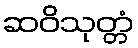
ဆဝိသုတ္တံ